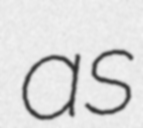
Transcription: as